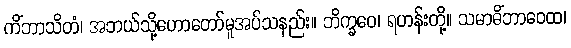
ကိံဘာသိတံ၊ အဘယ်သို့ဟောတော်မူအပ်သနည်း။ ဘိက္ခဝေ၊ ရဟန်းတို့။ သမာဓိံဘာဝေထ၊